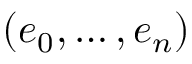
( e _ { 0 } , \dots , e _ { n } )